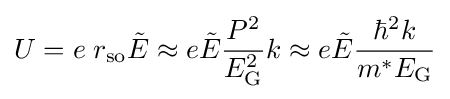
U=e\;r_{\rm {so}}{\tilde {E}}\approx e{\tilde {E}}{\frac {P^{2}}{E_{\rm {G}}^{2}}}k\approx e{\tilde {E}}{\frac {\hbar ^{2}k}{m^{*}E_{\rm {G}}}}